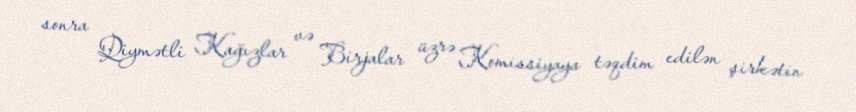
sonra Qiymətli Kağızlar və Birjalar üzrə Komissiyaya təqdim edilən şirkətin